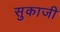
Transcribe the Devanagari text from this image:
सुकाजी